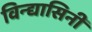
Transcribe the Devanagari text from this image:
विन्द्यासिनी